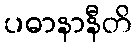
ပဓာနာနီတိ